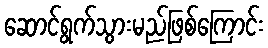
ဆောင်ရွက်သွားမည်ဖြစ်ကြောင်း